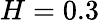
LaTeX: H=0.3